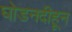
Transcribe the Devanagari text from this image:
घोडनदीहून